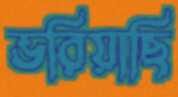
ভরিয়াছি